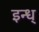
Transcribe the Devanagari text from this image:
इन्ध्‌